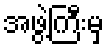
အဖွဲ့ကြီးမှ